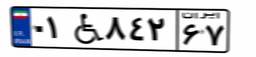
۰۱W۸۴۲۶۷